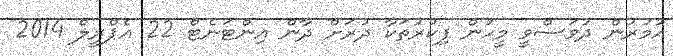
އުމުރުން ދުވަސްވީ މީހުން ފިކުރުތަކާ ދުރަށް ދާން އިންޓަނެޓް 22 އެޕްރީލް 2014